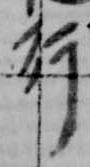
行